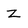
Character: Z